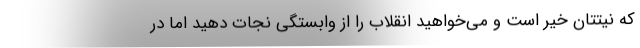
که نیتتان خیر است و می‌خواهید انقلاب را از وابستگی نجات دهید اما در